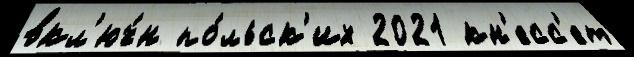
вкл'юч́н по́льск'их 2021 кн'есс'ет